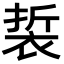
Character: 裚